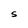
Character: S